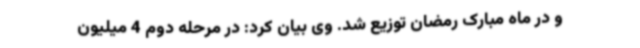
و در ماه مبارک رمضان توزیع شد. وی بیان کرد: در مرحله دوم 4 میلیون